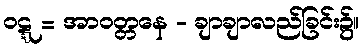
ဝဋ္ဋ = အာဝတ္တနေ - ချာချာလည်ခြင်း၌။